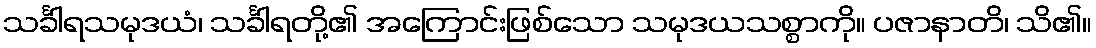
သင်္ခါရသမုဒယံ၊ သင်္ခါရတို့၏ အကြောင်းဖြစ်သော သမုဒယသစ္စာကို။ ပဇာနာတိ၊ သိ၏။